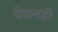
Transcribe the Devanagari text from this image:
बेचनही